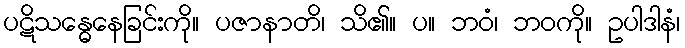
ပဋိသန္ဓေနေခြင်းကို။ ပဇာနာတိ၊ သိ၏။ ပ။ ဘဝံ၊ ဘဝကို။ ဥပါဒါနံ၊